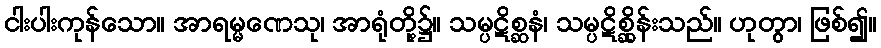
ငါးပါးကုန်သော။ အာရမ္မဏေသု၊ အာရုံတို့၌။ သမ္ပဋိစ္ဆနံ၊ သမ္ပဋိစ္ဆိုန်းသည်။ ဟုတွာ၊ ဖြစ်၍။